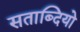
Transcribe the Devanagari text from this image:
सताब्दियो